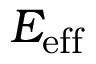
E _ { \mathrm { e f f } }